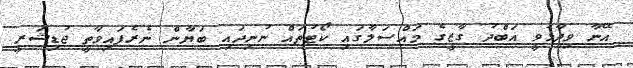
އޭނާ ވިދާޅުވީ އަބްދު ގާޒީގެ މައްސަލާގައި ކޯޓުތައް ނުނިދައި ބަޔާން ނެރެފައިވާތީ ޖުޑިޝަރީ